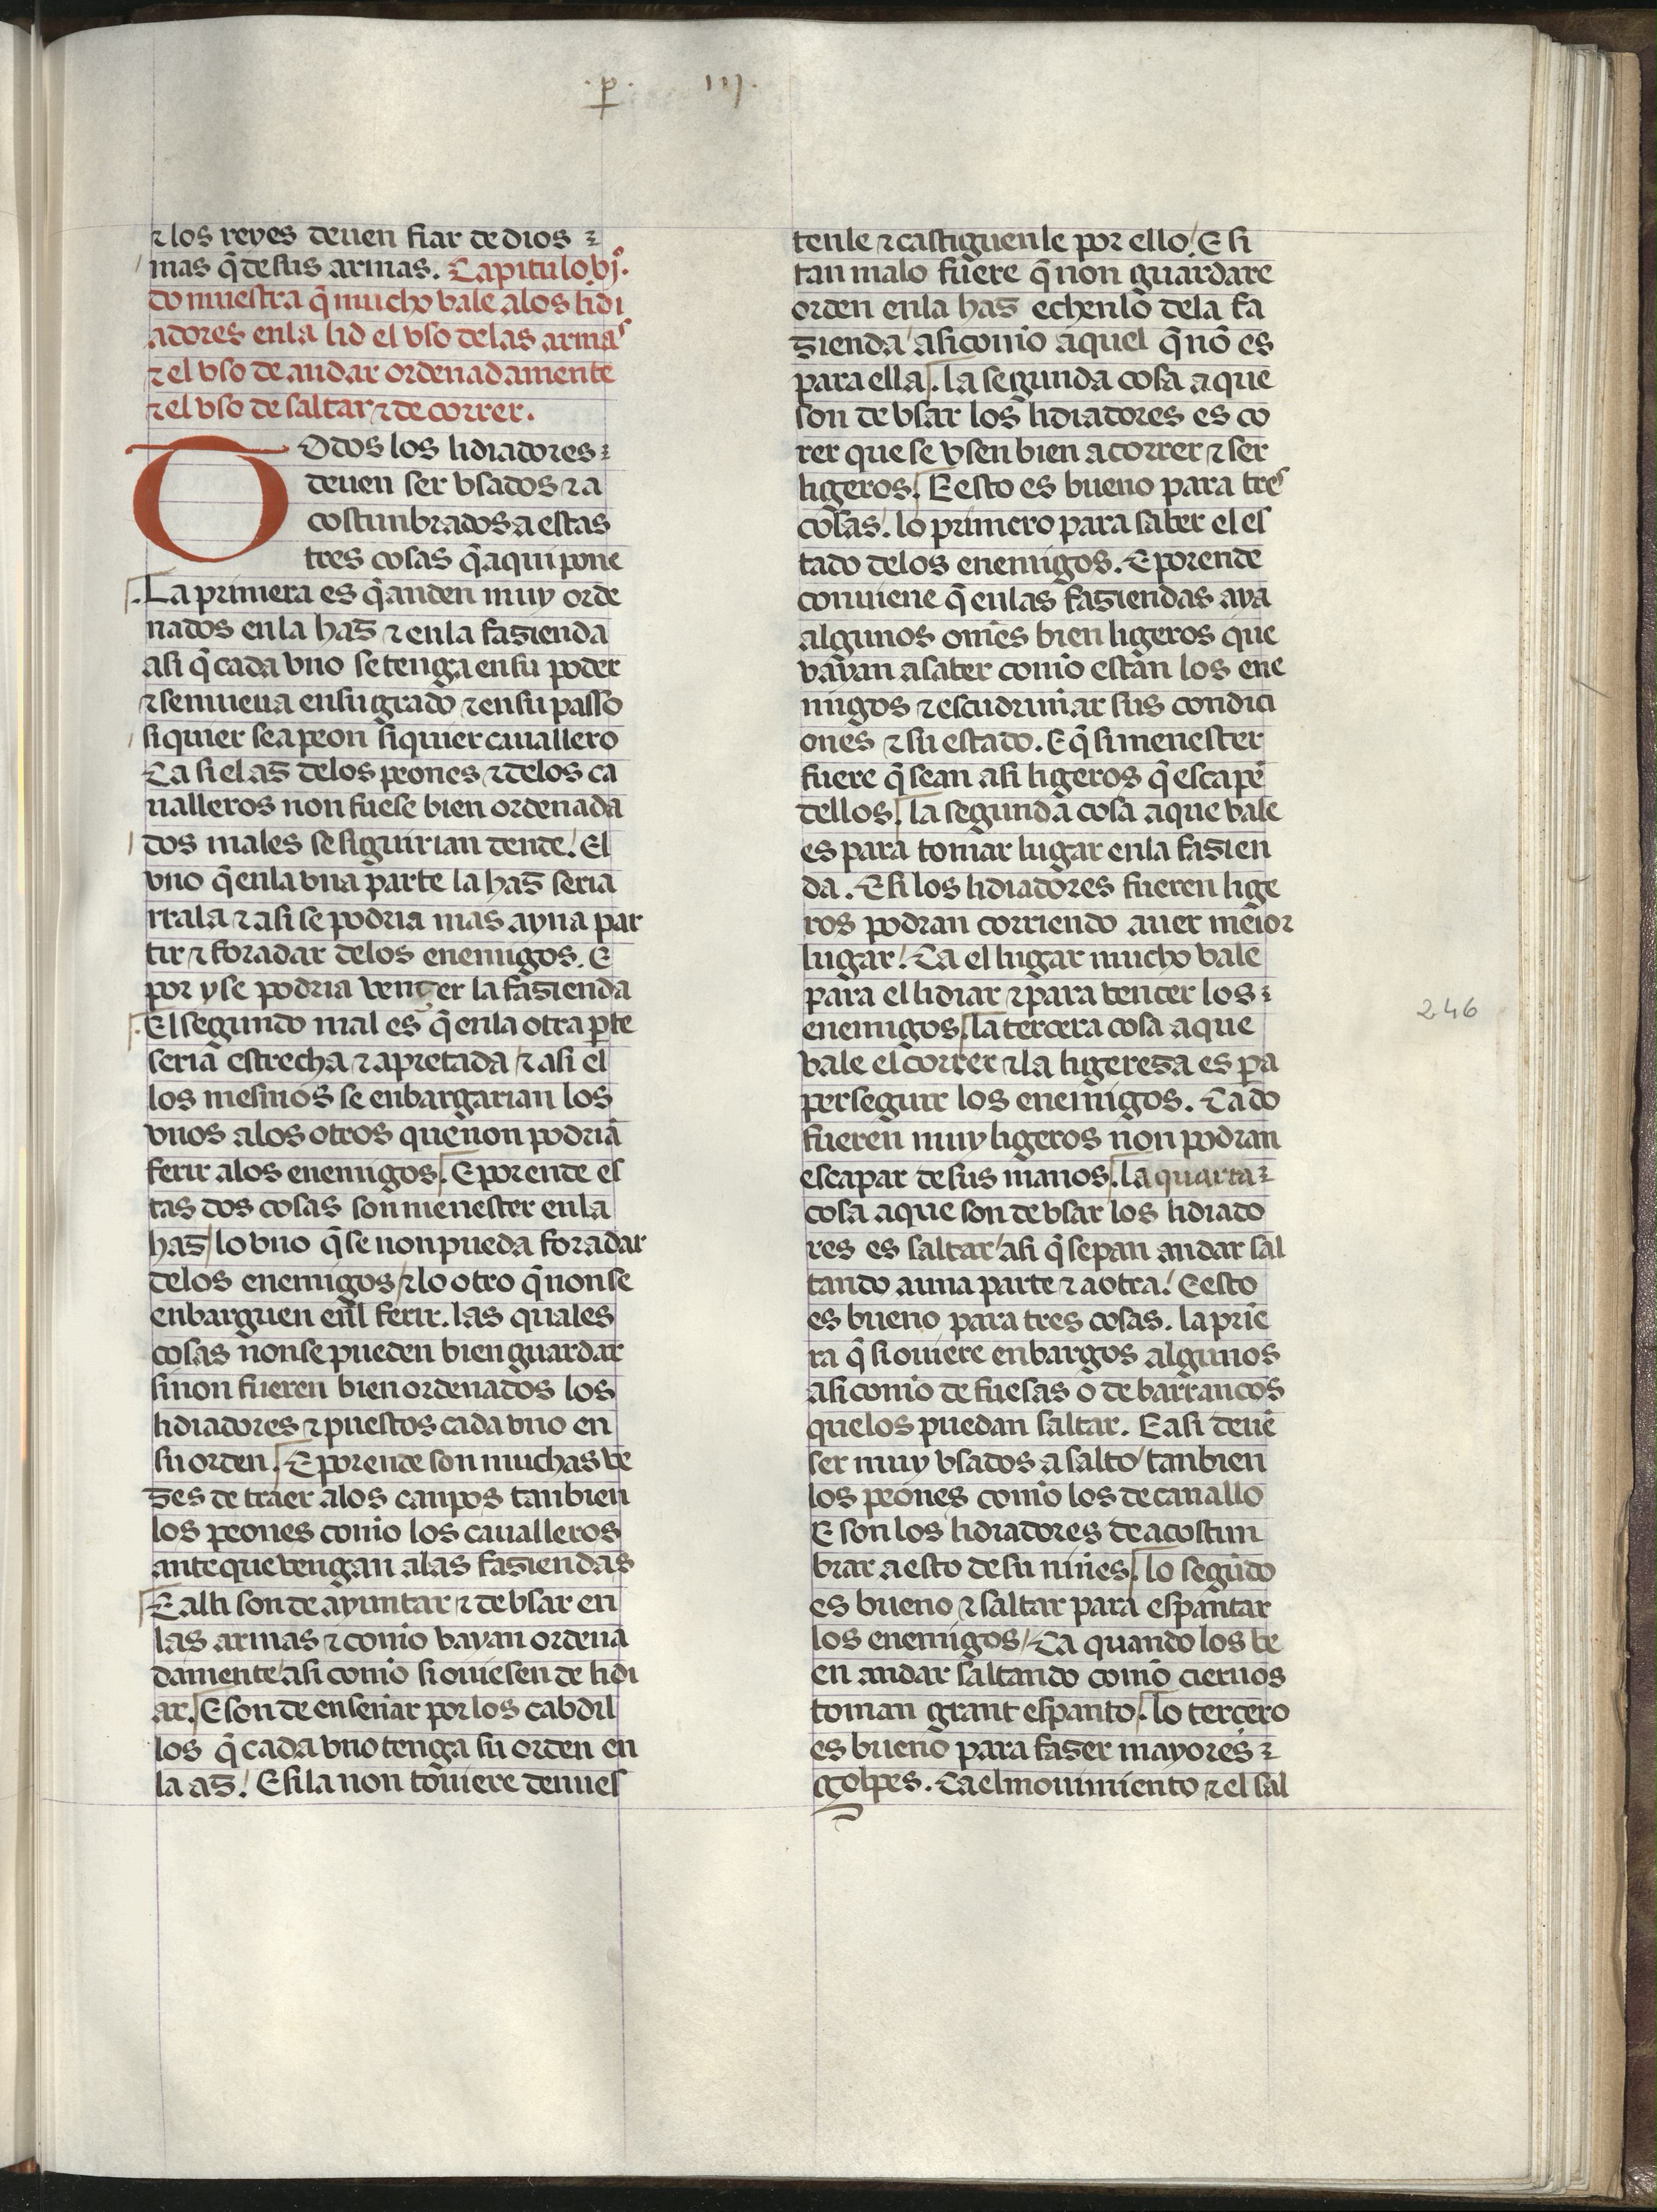
Shelfmark: Madrid, Fundación Lázaro Galdiano, mss 289
Century: 15